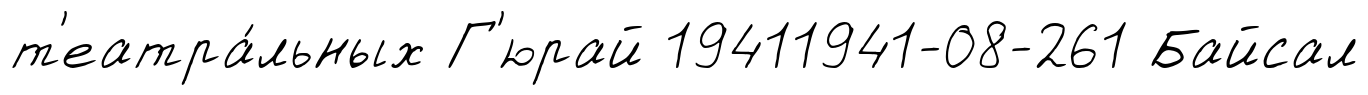
т'еатра́льных Г'юрай 19411941-08-261 Байсал